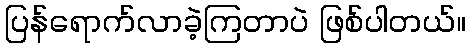
ပြန်ရောက်လာခဲ့ကြတာပဲ ဖြစ်ပါတယ်။